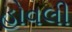
હોવલી